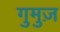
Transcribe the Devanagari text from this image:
गुमुज़